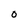
Character: O